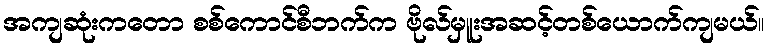
အကျဆုံးကတော စစ်ကောင်စီဘက်က ဗိုလ်မှူးအဆင့်တစ်ယောက်ကျမယ်။